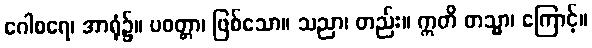
ဂေါစရေ၊ အာရုံ၌။ ပဝတ္တာ၊ ဖြစ်သော။ သညာ၊ တည်း။ ဣတိ တသ္မာ၊ ကြောင့်။